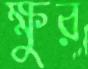
ক্ষুর